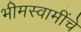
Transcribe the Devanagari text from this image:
भीमस्वामींचे